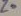
Text: Z0